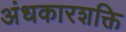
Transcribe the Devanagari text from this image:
अंधकारशक्ति